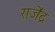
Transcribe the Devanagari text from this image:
राजे॑द्र